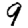
Digit: 9